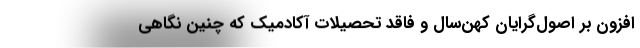
افزون بر اصول‌گرایان کهن‌سال و فاقد تحصیلات آکادمیک که چنین نگاهی